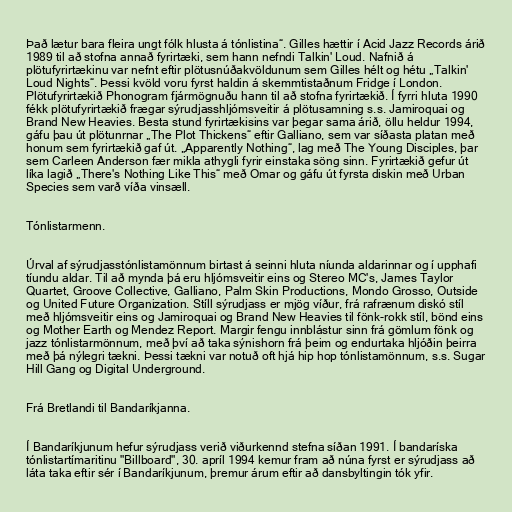
Það lætur bara fleira ungt fólk hlusta á tónlistina“. Gilles hættir í Acid Jazz Records árið
1989 til að stofna annað fyrirtæki, sem hann nefndi Talkin' Loud. Nafnið á
plötufyrirtækinu var nefnt eftir plötusnúðakvöldunum sem Gilles hélt og hétu „Talkin'
Loud Nights“. Þessi kvöld voru fyrst haldin á skemmtistaðnum Fridge í London.
Plötufyrirtækið Phonogram fjármögnuðu hann til að stofna fyrirtækið. Í fyrri hluta 1990
fékk plötufyrirtækið frægar sýrudjasshljómsveitir á plötusamning s.s. Jamiroquai og
Brand New Heavies. Besta stund fyrirtækisins var þegar sama árið, öllu heldur 1994,
gáfu þau út plötunrnar „The Plot Thickens“ eftir Galliano, sem var síðasta platan með
honum sem fyrirtækið gaf út. „Apparently Nothing“, lag með The Young Disciples, þar
sem Carleen Anderson fær mikla athygli fyrir einstaka söng sinn. Fyrirtækið gefur út
líka lagið „There's Nothing Like This“ með Omar og gáfu út fyrsta diskin með Urban
Species sem varð víða vinsæll.

Tónlistarmenn.

Úrval af sýrudjasstónlistamönnum birtast á seinni hluta níunda aldarinnar og í upphafi
tíundu aldar. Til að mynda þá eru hljómsveitir eins og Stereo MC's, James Taylor
Quartet, Groove Collective, Galliano, Palm Skin Productions, Mondo Grosso, Outside
og United Future Organization. Stíll sýrudjass er mjög víður, frá rafrænum diskó stíl
með hljómsveitir eins og Jamiroquai og Brand New Heavies til fönk-rokk stíl, bönd eins
og Mother Earth og Mendez Report. Margir fengu innblástur sinn frá gömlum fönk og
jazz tónlistarmönnum, með því að taka sýnishorn frá þeim og endurtaka hljóðin þeirra
með þá nýlegri tækni. Þessi tækni var notuð oft hjá hip hop tónlistamönnum, s.s. Sugar
Hill Gang og Digital Underground.

Frá Bretlandi til Bandaríkjanna.

Í Bandaríkjunum hefur sýrudjass verið viðurkennd stefna síðan 1991. Í bandaríska
tónlistartímaritinu "Billboard", 30. apríl 1994 kemur fram að núna fyrst er sýrudjass að
láta taka eftir sér í Bandaríkjunum, þremur árum eftir að dansbyltingin tók yfir.